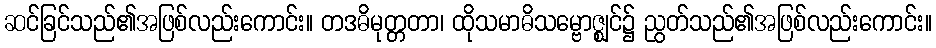
ဆင်ခြင်သည်၏အဖြစ်လည်းကောင်း။ တဒဓိမုတ္တတာ၊ ထိုသမာဓိသမ္ဗောဇ္ဈင်၌ ညွတ်သည်၏အဖြစ်လည်းကောင်း။